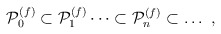
\begin{align*}{\cal P}_0^{(f)} \subset {\cal P}_1^{(f)} \dots \subset {\cal P}_n^{(f)} \subset \dots \ ,\end{align*}